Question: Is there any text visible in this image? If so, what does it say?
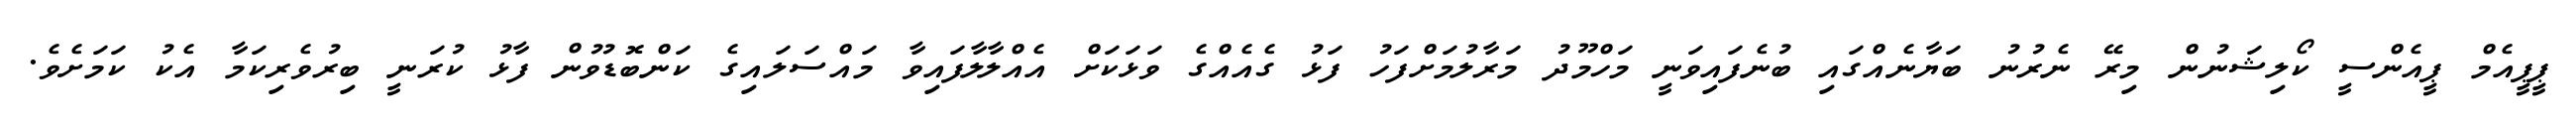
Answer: ޕީޕީއެމް ޕީއެންސީ ކޯލިޝަނުން މިރޭ ނެރުނު ބަޔާނެއްގައި ބުނެފައިވަނީ މަހްމޫދު މަރާލުމަށްފަހު ފަޅު ގެއެއްގެ ވަޅަކަށް އެއްލާލާފައިވާ މައްސަލައިގެ ކަންބޮޑުވުން ފާޅު ކުރަނީ ބިރުވެރިކަމާ އެކު ކަމަށެވެ.